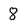
Character: 8